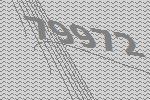
79972